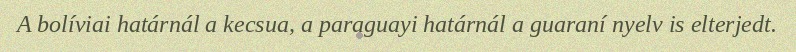
A bolíviai határnál a kecsua, a paraguayi határnál a guaraní nyelv is elterjedt.